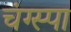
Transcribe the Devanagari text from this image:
चंग्स्पा